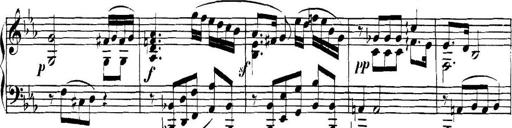
Title: Collected Piano Sonatas
Composer: Muzio Clementi